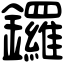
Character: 鑼